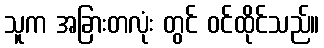
သူက အခြားတလုံး တွင် ဝင်ထိုင်သည်။